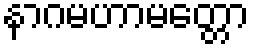
နာဂမဟာမတ္တော